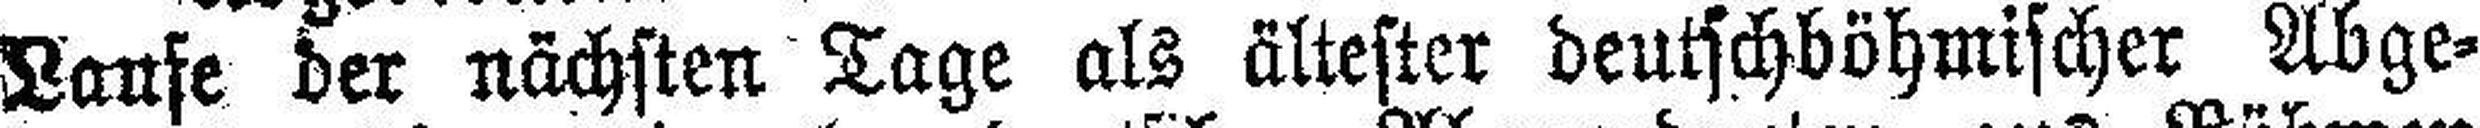
Laufe der nächsten Tage als ältester deutschböhmischer Abge¬